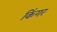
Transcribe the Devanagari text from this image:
किंगर